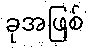
ခုအဖြစ်